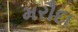
મરૌદા